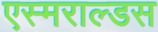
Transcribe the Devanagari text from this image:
एस्मराल्डस